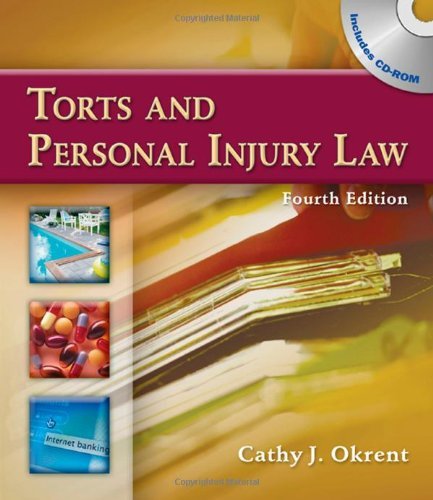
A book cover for By Cathy Okrent: Torts and Personal Injury Law Fourth (4th) Edition; -Delmar Cengage Learning-; Law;